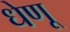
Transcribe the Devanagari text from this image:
धेणू